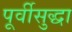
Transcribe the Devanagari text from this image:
पूर्वीसुद्धा